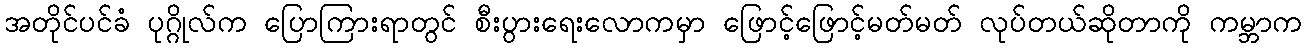
အတိုင်ပင်ခံ ပုဂ္ဂိုလ်က ပြောကြားရာတွင် စီးပွားရေးလောကမှာ ဖြောင့်ဖြောင့်မတ်မတ် လုပ်တယ်ဆိုတာကို ကမ္ဘာက